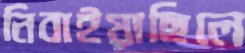
নিবাইয়াছিলে